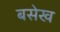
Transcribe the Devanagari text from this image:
बसेख